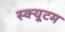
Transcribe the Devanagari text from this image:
स्क्यूटम